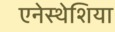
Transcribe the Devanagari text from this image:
एनेस्थेशिया